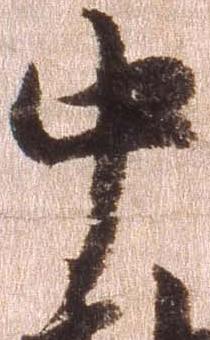
中